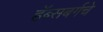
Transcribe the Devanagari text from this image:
हॅब्सबर्गचे